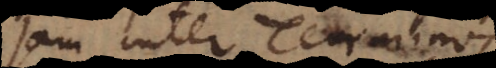
jam inter Terminos